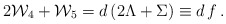
\begin{align*}2 {\cal W}_4 +{\cal W}_5 = d \left(2\Lambda+ \Sigma\right) \equiv d \,f\,.\end{align*}